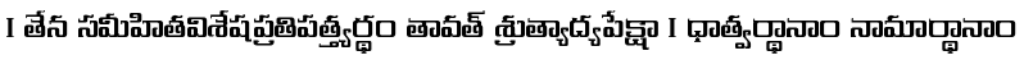
। తేన సమీహితవిశేషప్రతిపత్త్యర్థం తావత్ శ్రుత్యాద్యపేక్షా । ధాత్వర్థానాం నామార్థానాం